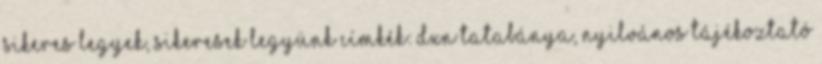
sikeres legyek, sikeresek legyünk Címkék: DXN Tatabánya, nyilvános tájékoztató